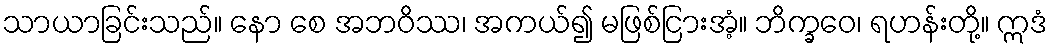
သာယာခြင်းသည်။ နော စေ အဘဝိဿ၊ အကယ်၍ မဖြစ်ငြားအံ့။ ဘိက္ခဝေ၊ ရဟန်းတို့။ ဣဒံ